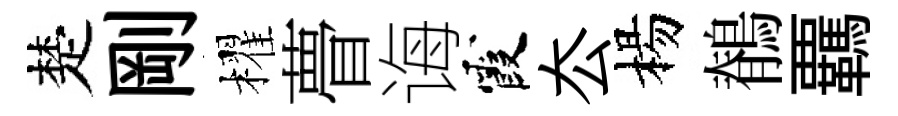
楚剛櫂瞢诲霞厺楊鶺覊